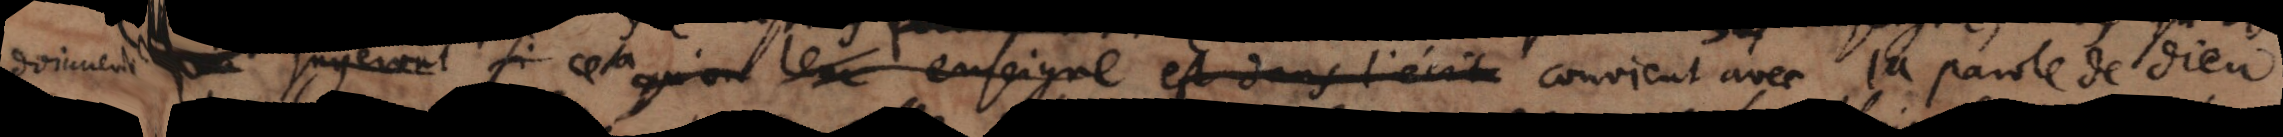
doivent [juge jugeront si cela qu’on leur enseigne est dans l’écrit convient avec la parole de Dieu.